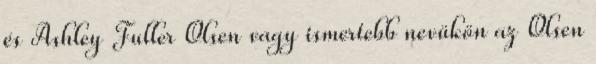
és Ashley Fuller Olsen vagy ismertebb nevükön az Olsen